Leaving Certificate Examination, 1914
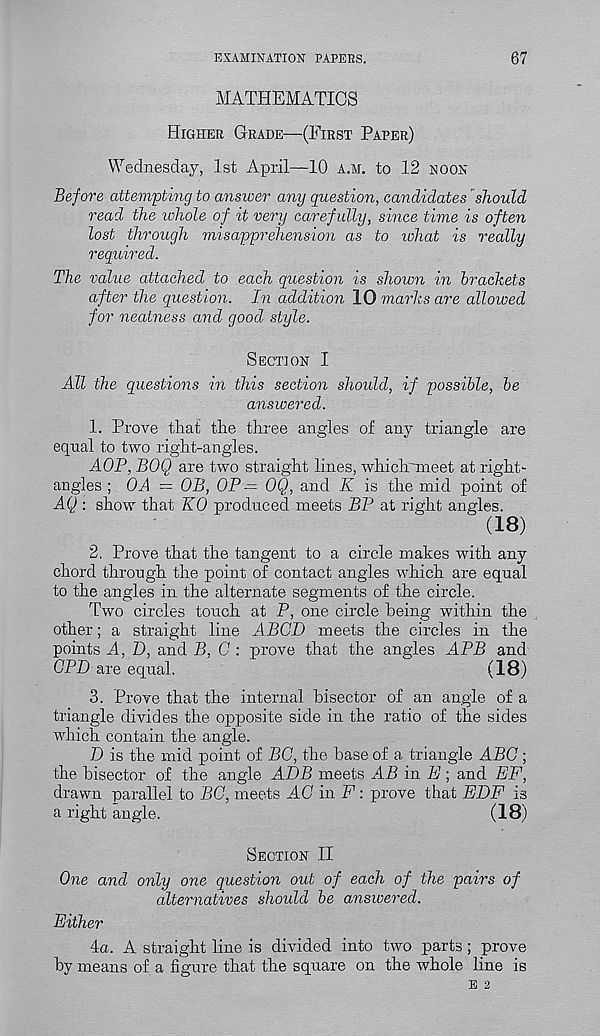
EXAMINATION PAPERS.
67
MATHEMATICS
Higher Grade—(First Paper)
Wednesday, 1st April—10 a.m. to 12 noon
Before attempting to answer any question, candidates should
read the whole of it very carefully, since time is often
lost through misapprehension as to what is really
required.
The value attached to each question is shown in brackets
after the question. In addition 10 marks are allowed
for neatness and good style.
Section I
All the questions in this section should, if possible, be
answered.
1. Prove that the three angles of any triangle are
equal to two right-angles.
AOP, BOQ are two straight lines, whiclrrneet at right-
angles ; OA = OB, OP — OQ, and K is the mid point of
AQ : show that KO produced meets BP at right angles.
(18)
2. Prove that the tangent to a circle makes with any
chord through the point of contact angles which are equal
to the angles in the alternate segments of the circle.
Two circles touch at P, one circle being within the
other; a straight line A BCD meets the circles in the
points A, D, and B, C : prove that the angles APB and
GPP are equal.
(18)
3. Prove that the internal bisector of an angle of a
triangle divides the opposite side in the ratio of the sides
which contain the angle.
D is the mid point of BC, the base of a triangle ABC ;
the bisector of the angle ADB meets AB in II; and EF,
drawn parallel to BC, meets AC in F: prove that EDF is
a right angle.
(18)
Section II
One and only one question out of each of the pairs of
alternatives should be answered.
Either
4a. A straight line is divided into two parts; prove
by means of a figure that the square on the whole line is